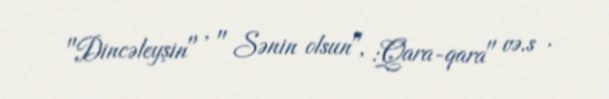
"Dincəleyşin" , " Sənin olsun", :Qara-qara" və.s .